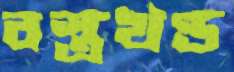
বস্ত্রখণ্ড